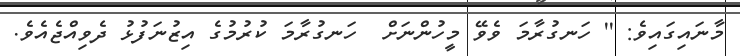
މާނައިގައިވެ: '' ހަނގުރާމަ ވެވޭ މީހުންނަށް  ހަނގުރާމަ ކުރުމުގެ އިޒުނަފުޅު ދެވިއްޖެއެވެ.